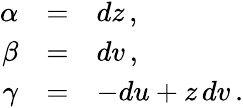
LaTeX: \begin{array}{rcl}{{\alpha}}&{{=}}&{{dz\, ,}}\\ {{\beta}}&{{=}}&{{dv\, ,}}\\ {{\gamma}}&{{=}}&{{-du+z\, dv\, .}}\end{array}